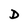
Character: D